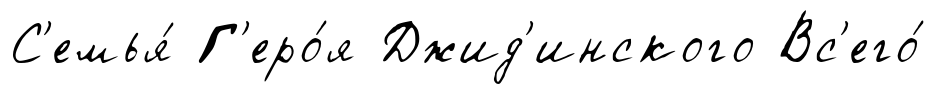
С'емья́ Г'еро́я Джид'инского Вс'его́